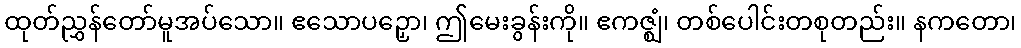
ထုတ်ညွှန်တော်မူအပ်သော။ ဧသောပဉှော၊ ဤမေးခွန်းကို။ ဧကဇ္ဈံ၊ တစ်ပေါင်းတစုတည်း။ နကတော၊